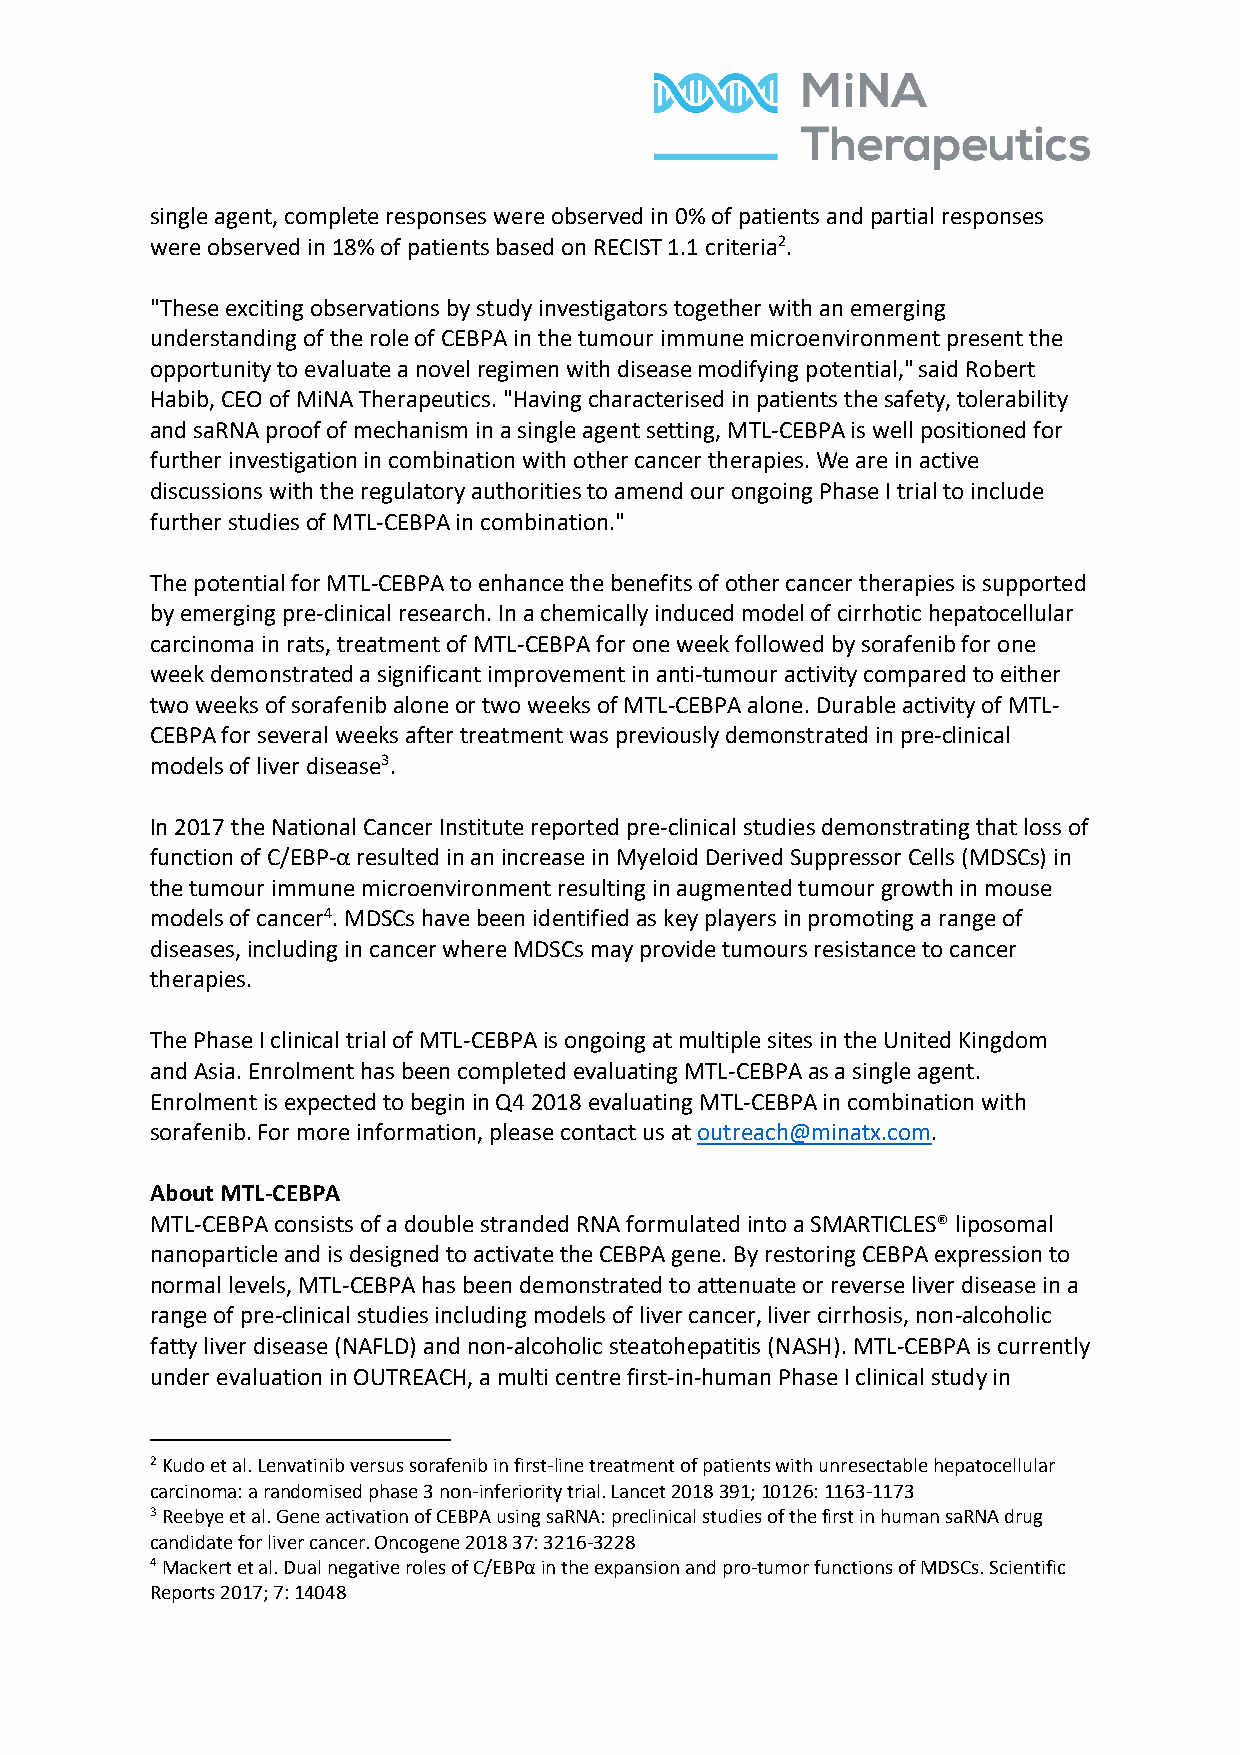
single agent, complete responses were observed in 0% of patients and partial responses
 were observed in 18% of patients based on RECIST 1.1 criteria2.
 "These exciting observations by study investigators together with an emerging
 understanding of the role of CEBPA in the tumour immune microenvironment present the
 opportunity to evaluate a novel regimen with disease modifying potential," said Robert
 Habib, CEO of MiNA Therapeutics. "Having characterised in patients the safety, tolerability
 and saRNA proof of mechanism in a single agent setting, MTL-CEBPA is well positioned for
 further investigation in combination with other cancer therapies. We are in active
 discussions with the regulatory authorities to amend our ongoing Phase I trial to include
 further studies of MTL-CEBPA in combination."
 The potential for MTL-CEBPA to enhance the benefits of other cancer therapies is supported
 by emerging pre-clinical research. In a chemically induced model of cirrhotic hepatocellular
 carcinoma in rats, treatment of MTL-CEBPA for one week followed by sorafenib for one
 week demonstrated a significant improvement in anti-tumour activity compared to either
 two weeks of sorafenib alone or two weeks of MTL-CEBPA alone. Durable activity of MTL-
 CEBPA for several weeks after treatment was previously demonstrated in pre-clinical
 models of liver disease3.
 In 2017 the National Cancer Institute reported pre-clinical studies demonstrating that loss of
 function of C/EBP-α resulted in an increase in Myeloid Derived Suppressor Cells (MDSCs) in
 the tumour immune microenvironment resulting in augmented tumour growth in mouse
 models of cancer4. MDSCs have been identified as key players in promoting a range of
 diseases, including in cancer where MDSCs may provide tumours resistance to cancer
 therapies.
 The Phase I clinical trial of MTL-CEBPA is ongoing at multiple sites in the United Kingdom
 and Asia. Enrolment has been completed evaluating MTL-CEBPA as a single agent.
 Enrolment is expected to begin in Q4 2018 evaluating MTL-CEBPA in combination with
 sorafenib. For more information, please contact us at outreach@minatx.com.
 About MTL-CEBPA
 MTL-CEBPA consists of a double stranded RNA formulated into a SMARTICLES® liposomal
 nanoparticle and is designed to activate the CEBPA gene. By restoring CEBPA expression to
 normal levels, MTL-CEBPA has been demonstrated to attenuate or reverse liver disease in a
 range of pre-clinical studies including models of liver cancer, liver cirrhosis, non-alcoholic
 fatty liver disease (NAFLD) and non-alcoholic steatohepatitis (NASH). MTL-CEBPA is currently
 under evaluation in OUTREACH, a multi centre first-in-human Phase I clinical study in
 2 Kudo et al. Lenvatinib versus sorafenib in first-line treatment of patients with unresectable hepatocellular
 carcinoma: a randomised phase 3 non-inferiority trial. Lancet 2018 391; 10126: 1163-1173
 3 Reebye et al. Gene activation of CEBPA using saRNA: preclinical studies of the first in human saRNA drug
 candidate for liver cancer. Oncogene 2018 37: 3216-3228
 4 Mackert et al. Dual negative roles of C/EBPα in the expansion and pro-tumor functions of MDSCs. Scientific
 Reports 2017; 7: 14048